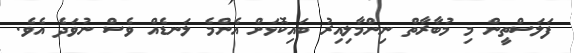
ފަލަސްތީން މި މުބާރާތް ނިންމާލިއިރު ބައިކޮޅަށް އެންމެ ލަނޑެއް ވެސް ނުވަދެ އެވެ.